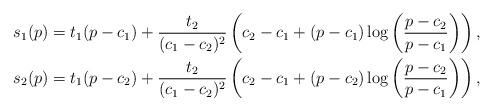
LaTeX: \begin{align*}s_{1}(p) & =t_{1}(p-c_{1})+\frac{t_{2}}{(c_{1}-c_{2})^{2}}\left(c_{2}-c_{1}+(p-c_{1})\log\left(\frac{p-c_{2}}{p-c_{1}}\right)\right),\\s_{2}(p) & =t_{1}(p-c_{2})+\frac{t_{2}}{(c_{1}-c_{2})^{2}}\left(c_{2}-c_{1}+(p-c_{2})\log\left(\frac{p-c_{2}}{p-c_{1}}\right)\right),\end{align*}